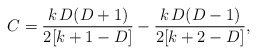
\begin{align*}C=\frac{k\, D(D+1)}{2[k +1-D]}-\frac{k\, D(D-1)}{2[k+2-D]},\end{align*}